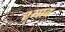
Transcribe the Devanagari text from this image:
श्यावं